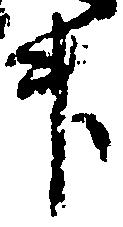
升